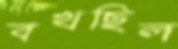
বখছিল